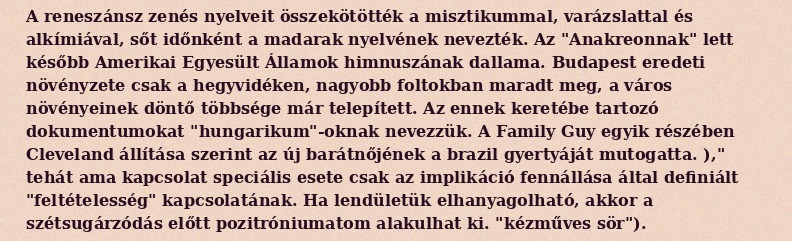
A reneszánsz zenés nyelveit összekötötték a misztikummal, varázslattal és alkímiával, sőt időnként a madarak nyelvének nevezték. Az "Anakreonnak" lett később Amerikai Egyesült Államok himnuszának dallama. Budapest eredeti növényzete csak a hegyvidéken, nagyobb foltokban maradt meg, a város növényeinek döntő többsége már telepített. Az ennek keretébe tartozó dokumentumokat "hungarikum"-oknak nevezzük. A Family Guy egyik részében Cleveland állítása szerint az új barátnőjének a brazil gyertyáját mutogatta. )," tehát ama kapcsolat speciális esete csak az implikáció fennállása által definiált "feltételesség" kapcsolatának. Ha lendületük elhanyagolható, akkor a szétsugárzódás előtt pozitróniumatom alakulhat ki. "kézműves sör").